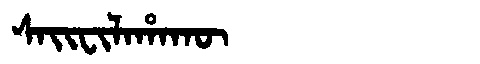
Manchu: ᠰᠠᡳᠸᡳᠯᠠᡥᠠᡴᡡ
Romanization: SAIFILAHAKŪ